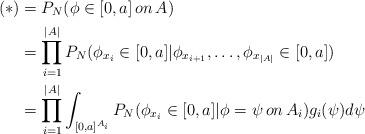
LaTeX: \begin{align*}(*)&=P_N(\phi\in[0,a]\,on\, A)\\&=\prod_{i=1}^{|A|}P_N(\phi_{x_i}\in[0,a] |\phi_{x_{i+1}},\ldots,\phi_{x_{|A|}}\in[0,a])\\&=\prod_{i=1}^{|A|}\int_{[0,a]^{A_i}}P_N(\phi_{x_i}\in[0,a] |\phi=\psi \, on \, A_i)g_i(\psi)d\psi\end{align*}